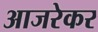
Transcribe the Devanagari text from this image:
आजरेकर